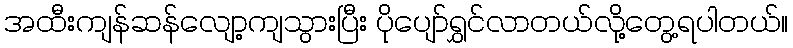
အထီးကျန်ဆန်လျော့ကျသွားပြီး ပိုပျော်ရွှင်လာတယ်လို့တွေ့ရပါတယ်။